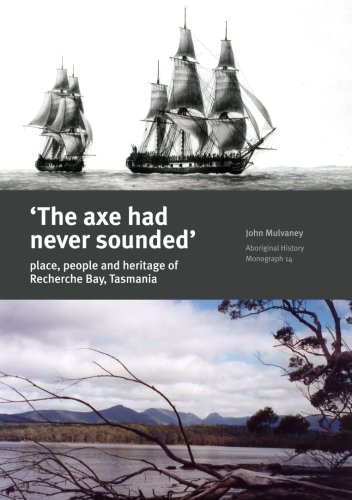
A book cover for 'The axe had never sounded': Place, people and heritage of Recherche Bay, Tasmania; John Mulvaney; History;